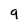
Character: 9